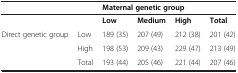
|  |  | <COLSPAN=3> Maternal genetic group |  |
 | --- | --- | --- | --- | --- | --- |
 |  |  | Low | Medium | High | Total |
 | <ROWSPAN=2> Direct genetic group | Low | 189 (35) | 207 (49) | 212 (38) | 201 (42) |
 | High | 198 (53) | 209 (43) | 229 (47) | 213 (49) |
 |  | Total | 193 (44) | 205 (46) | 221 (44) | 207 (46) |